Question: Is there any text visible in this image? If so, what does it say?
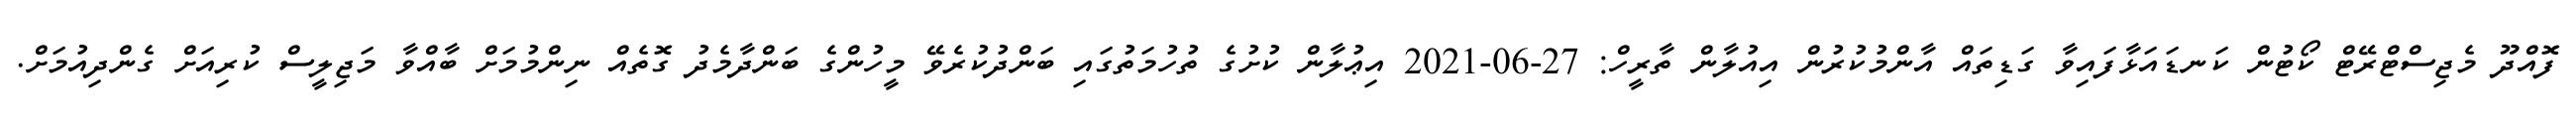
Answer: ފޮއްދޫ މެޖިސްޓްރޭޓް ކޯޓުން ކަނޑައަޅާފައިވާ ގަޑިތައް އާންމުކުރުން އިއުލާން ތާރީހް: 27-06-2021 އިޢުލާން ކުށުގެ ތުހުމަތުގައި ބަންދުކުރެވޭ މީހުންގެ ބަންދާމެދު ގޮތެއް ނިންމުމަށް ބާއްވާ މަޖިލީސް ކުރިއަށް ގެންދިއުމަށް.